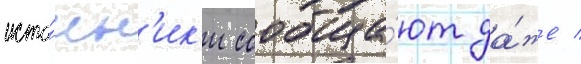
исто́чн'ик'и сообща́ют да́же /